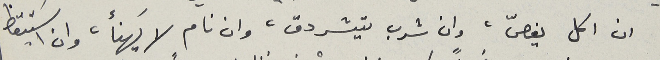
ان اكل يغصّ، وان شرب يتشردق، وان نام لا يَهنأ، وان اسَتيقظ